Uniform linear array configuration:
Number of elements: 4
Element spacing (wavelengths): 0.25
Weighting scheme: uniform
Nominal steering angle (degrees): -30
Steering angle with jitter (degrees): -30.888
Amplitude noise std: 0.05
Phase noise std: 0.05

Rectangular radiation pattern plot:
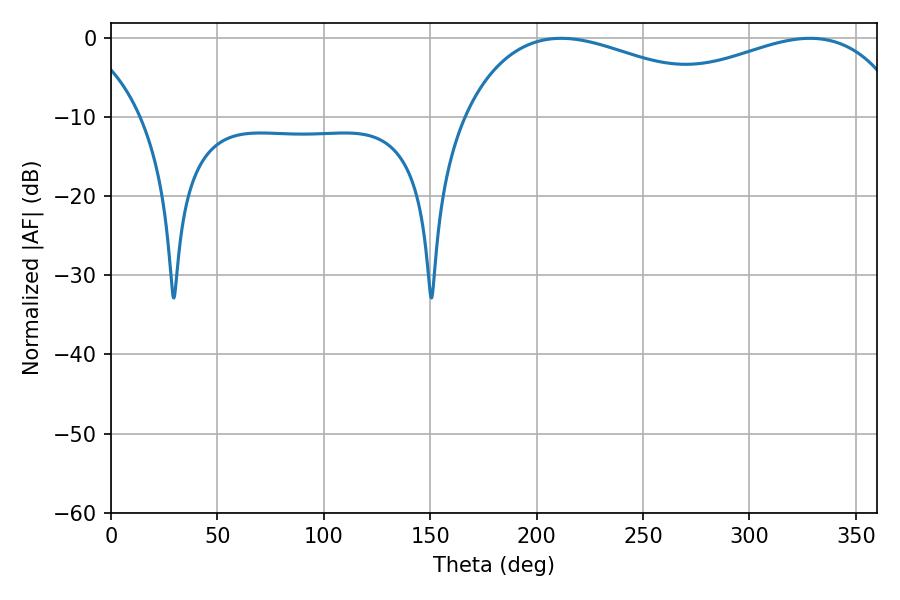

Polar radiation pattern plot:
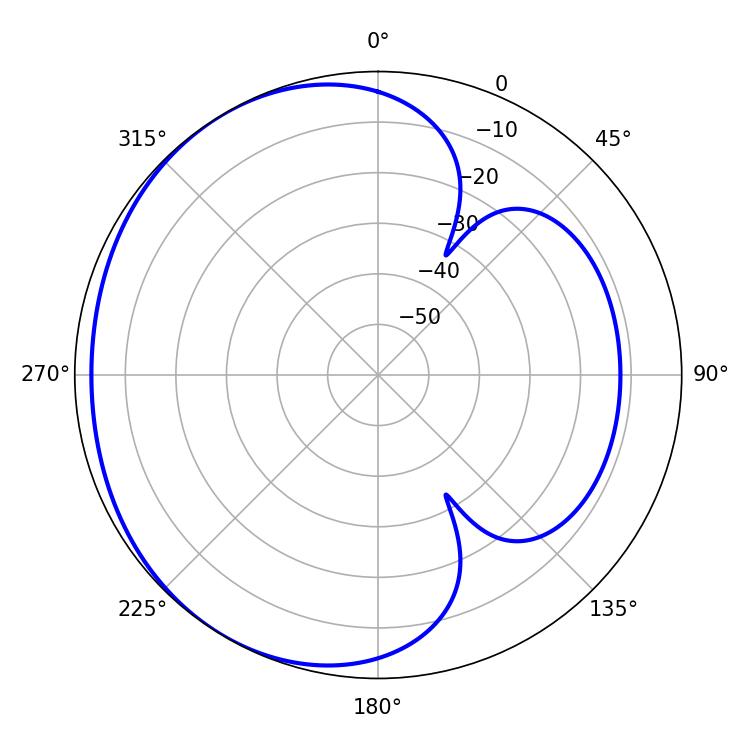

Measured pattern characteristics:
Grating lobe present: FALSE
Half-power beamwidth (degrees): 74.88
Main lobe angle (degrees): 211.5